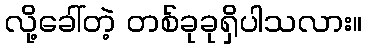
လို့ခေါ်တဲ့ တစ်ခုခုရှိပါသလား။